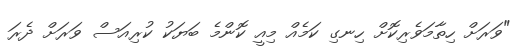
"ވަރަށް ހިތާމަވެރިކޮށް ހިނގި ކަމެއް މިއީ ކޮންމެ ބަޔަކު ކުރިއަސް ވަރަށް ދެރަ